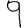
Digit: 9